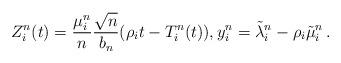
LaTeX: \begin{align*}Z^n_i(t)= \frac{\mu^n_i}{n}\frac{\sqrt{n}}{b_n}(\rho_i t - T^n_i(t)), y^n_i = \tilde{\lambda}^n_i - \rho_i \tilde{\mu}^n_i\,.\end{align*}